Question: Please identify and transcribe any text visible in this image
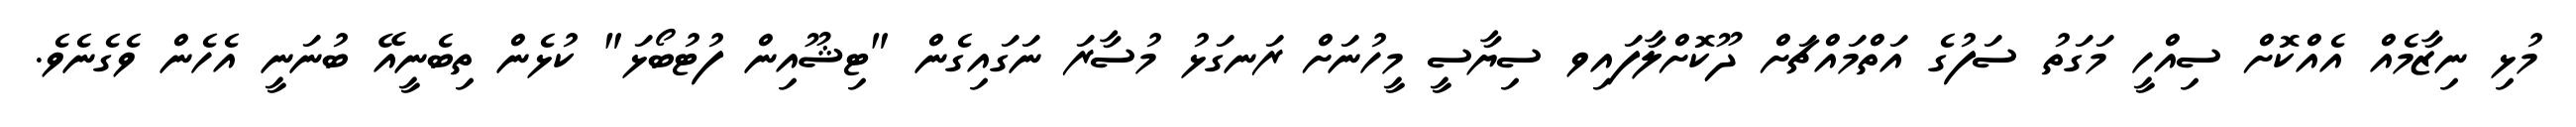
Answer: މުޅި ނިޒާމެއް އެއްކޮށް ސިއްހީ މަގަތު ސަފުގެ އަތްމައްޗަށް ދޫކޮށްލާފައިވ ސިޔާސީ މީހުނަށް ރަނގަޅު މުސާރަ ނަގައިގެން "ޓިޝޫއިން ފުޓުބޯޅަ" ކުޅެން ތިބެނީއޭ ބުނަނީ އެހެން ވެގެނެވެ.